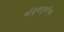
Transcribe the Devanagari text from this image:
षड्बिंदुलान्छितं